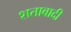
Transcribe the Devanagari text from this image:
शताबादी